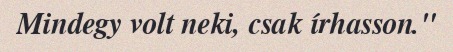
Mindegy volt neki, csak írhasson."